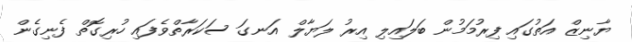
ޔާނިޒް އަތުގައި ފިރުމަމުން ބަލައިލި އިރު ލަޔާލް އަނގަ ސަކަރާތްވެފައި ހުރިގޮތް ފެނިގެން